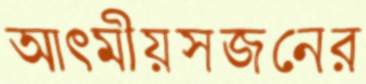
আত্মীয়স্বজনের